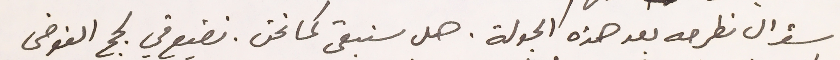
سؤال نطرحه بعد هذه الجولة. هل سنبقى كما نحن. نضيع في لجج الفوضى